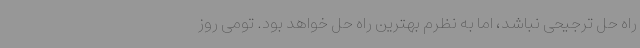
راه حل ترجیحی نباشد، اما به نظرم بهترین راه حل خواهد بود. تومی روز